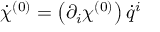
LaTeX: { \dot { \chi } } ^ { ( 0 ) } = \left( \partial _ { i } \chi ^ { ( 0 ) } \right) { \dot { q } } ^ { i }